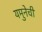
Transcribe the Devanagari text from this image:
यमुनेची